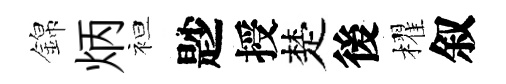
錦炳袒尟授楚後櫂叙